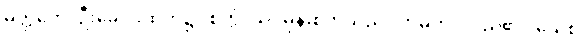
မတ္ထကေ၊ ဦးခေါင်းထက်၌။ စက္ကံ၊ သင်ဓုန်းစက်သည်။ ဘမတိ၊ လည်၏။ ယေစ၊